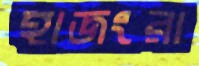
হাজংরা